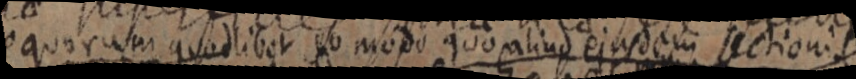
equorum quodlibet eo modo quo aliud ejusdem sectionis